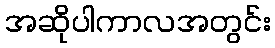
အဆိုပါကာလအတွင်း